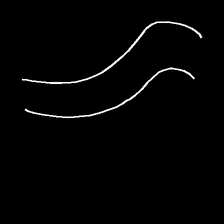
Glyph: float